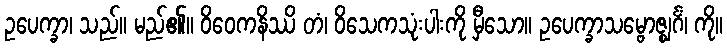
ဥပေက္ခာ၊ သည်။ မည်၏။ ဝိဝေကနိဿိ တံ၊ ဝိသေကသုံးပါးကို မှီသော။ ဥပေက္ခာသမ္ဗောဇ္ဈင်္ဂံ၊ ကို။